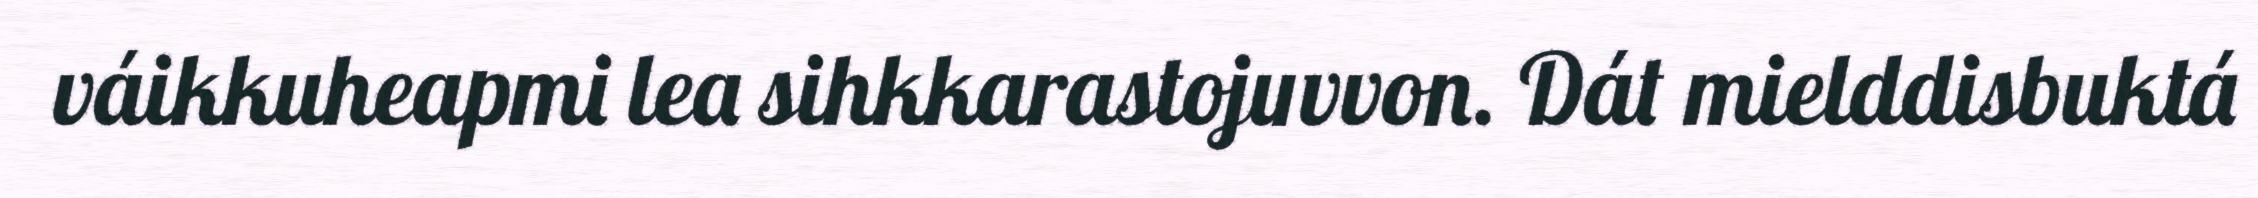
váikkuheapmi lea sihkkarastojuvvon. Dát mielddisbuktá